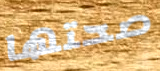
صحتها